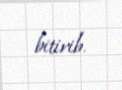
bitirib.